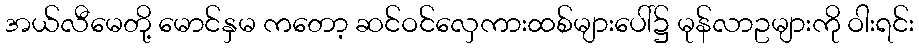
အယ်လီမေတို့ မောင်နှမ ကတော့ ဆင်ဝင်လှေကားထစ်များပေါ်၌ မုန်လာဥများကို ဝါးရင်း